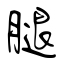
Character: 腿